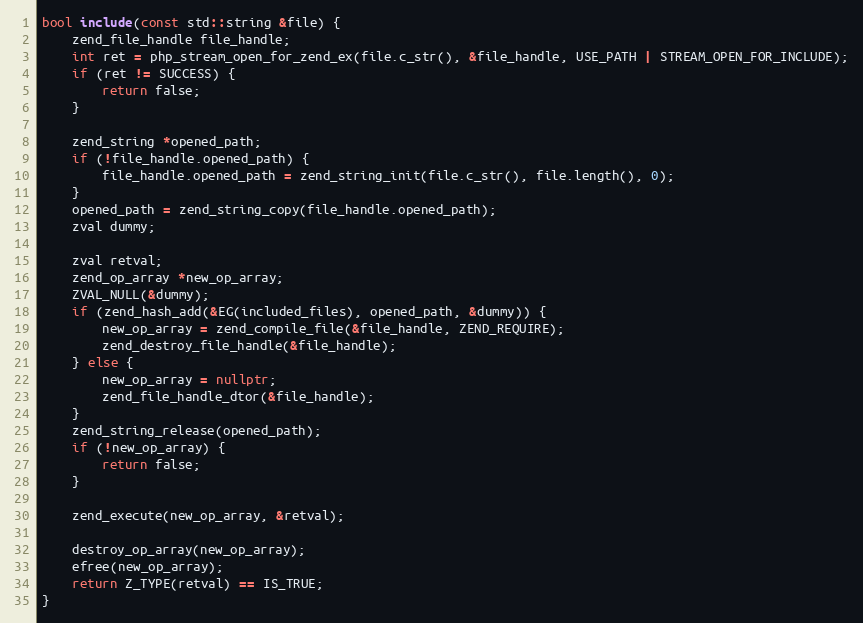
Language: C++
bool include(const std::string &file) {
    zend_file_handle file_handle;
    int ret = php_stream_open_for_zend_ex(file.c_str(), &file_handle, USE_PATH | STREAM_OPEN_FOR_INCLUDE);
    if (ret != SUCCESS) {
        return false;
    }

    zend_string *opened_path;
    if (!file_handle.opened_path) {
        file_handle.opened_path = zend_string_init(file.c_str(), file.length(), 0);
    }
    opened_path = zend_string_copy(file_handle.opened_path);
    zval dummy;

    zval retval;
    zend_op_array *new_op_array;
    ZVAL_NULL(&dummy);
    if (zend_hash_add(&EG(included_files), opened_path, &dummy)) {
        new_op_array = zend_compile_file(&file_handle, ZEND_REQUIRE);
        zend_destroy_file_handle(&file_handle);
    } else {
        new_op_array = nullptr;
        zend_file_handle_dtor(&file_handle);
    }
    zend_string_release(opened_path);
    if (!new_op_array) {
        return false;
    }

    zend_execute(new_op_array, &retval);

    destroy_op_array(new_op_array);
    efree(new_op_array);
    return Z_TYPE(retval) == IS_TRUE;
}